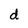
Character: d